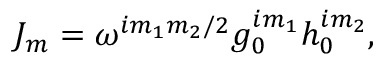
J _ { m } = \omega ^ { i m _ { 1 } m _ { 2 } / 2 } g _ { 0 } ^ { i m _ { 1 } } h _ { 0 } ^ { i m _ { 2 } } ,